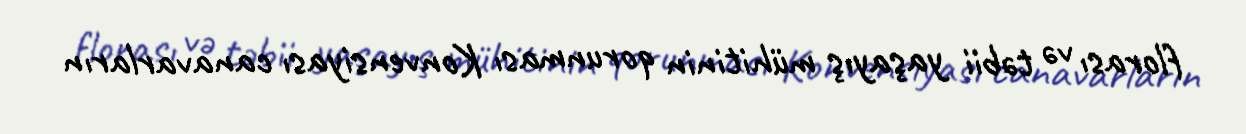
florası və təbii yaşayış mühitinin qorunması Konvensiyası canavarların